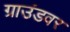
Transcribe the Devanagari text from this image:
ग्राउंडवर